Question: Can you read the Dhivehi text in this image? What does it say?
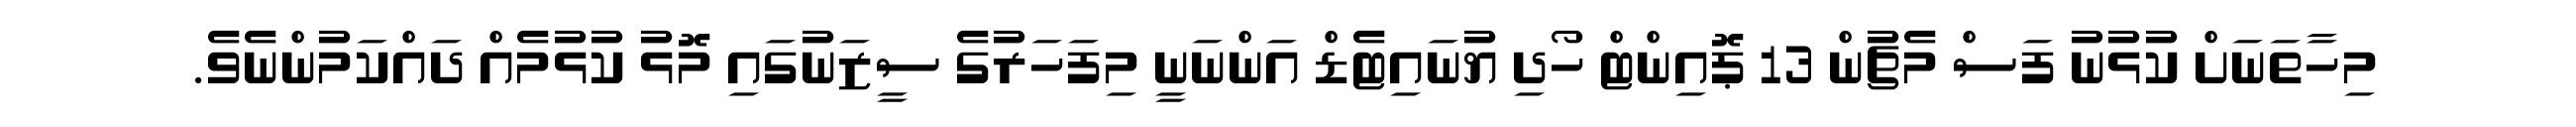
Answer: މިހާތަނަށް ކުޅުނު ފަސް މެޗުން 13 ޕޮއިންޓް ހޯދި ޔުނައިޓެޑް އަންނަނީ މިފަހަރުގެ ސީޒަނުގައި މޮޅު ކުޅުމެއް ދައްކަމުންނެވެ.